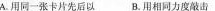
A.用同一张卡片先后以B.用相同力度敲击